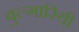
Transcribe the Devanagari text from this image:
बुल्गारियी